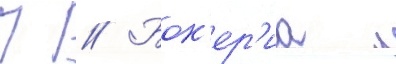
П // Бок'ер'иа л